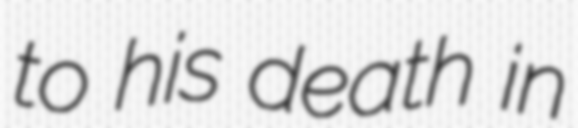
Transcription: to his death in